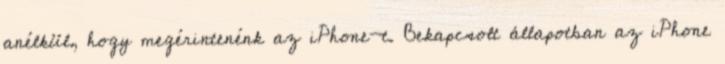
anélkül, hogy megérintenénk az iPhone-t. Bekapcsolt állapotban az iPhone